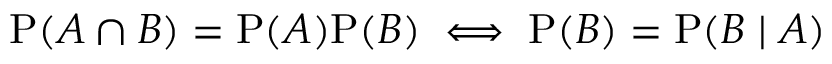
\mathrm { P } ( A \cap B ) = \mathrm { P } ( A ) \mathrm { P } ( B ) \iff \mathrm { P } ( B ) = \mathrm { P } ( B \mid A )